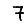
Digit: 7